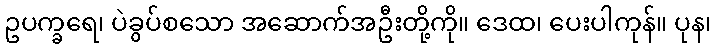
ဥပက္ခရေ၊ ပဲခွပ်စသော အဆောက်အဦးတို့ကို။ ဒေထ၊ ပေးပါကုန်။ ပုန၊